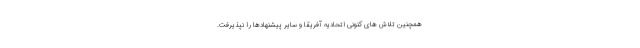
همچنین تلاش های کنونی اتحادیه آفریقا و سایر پیشنهادها را نپذیرفت.